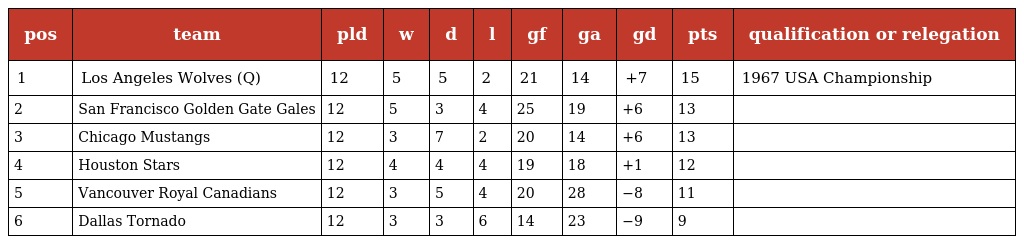
| pos | team | pld | w | d | l | gf | ga | gd | pts | qualification or relegation |
 | --- | --- | --- | --- | --- | --- | --- | --- | --- | --- | --- |
 | 1 | Los Angeles Wolves (Q) | 12 | 5 | 5 | 2 | 21 | 14 | +7 | 15 | 1967 USA Championship |
 | 2 | San Francisco Golden Gate Gales | 12 | 5 | 3 | 4 | 25 | 19 | +6 | 13 |  |
 | 3 | Chicago Mustangs | 12 | 3 | 7 | 2 | 20 | 14 | +6 | 13 |  |
 | 4 | Houston Stars | 12 | 4 | 4 | 4 | 19 | 18 | +1 | 12 |  |
 | 5 | Vancouver Royal Canadians | 12 | 3 | 5 | 4 | 20 | 28 | −8 | 11 |  |
 | 6 | Dallas Tornado | 12 | 3 | 3 | 6 | 14 | 23 | −9 | 9 |  |